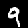
Digit: 9